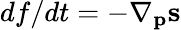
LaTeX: df/dt=-\nabla_{\mathbf p}{\mathbf s}